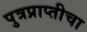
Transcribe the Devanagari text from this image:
पुत्रप्राप्‍तीचा